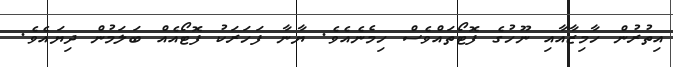
އިތުރުން ހާމިޒާއާއި ނޫހުގެ ފޮޓޯތައްވެސް ހިމެނެއެވެ. ޔާނާ ފަހަރަކު ފޮޓޯއެއް ބަލަމުން ދިޔައެވެ.